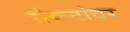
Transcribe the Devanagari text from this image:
संकटांवर